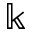
\Bbbk